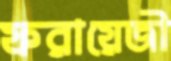
ফরায়েজী